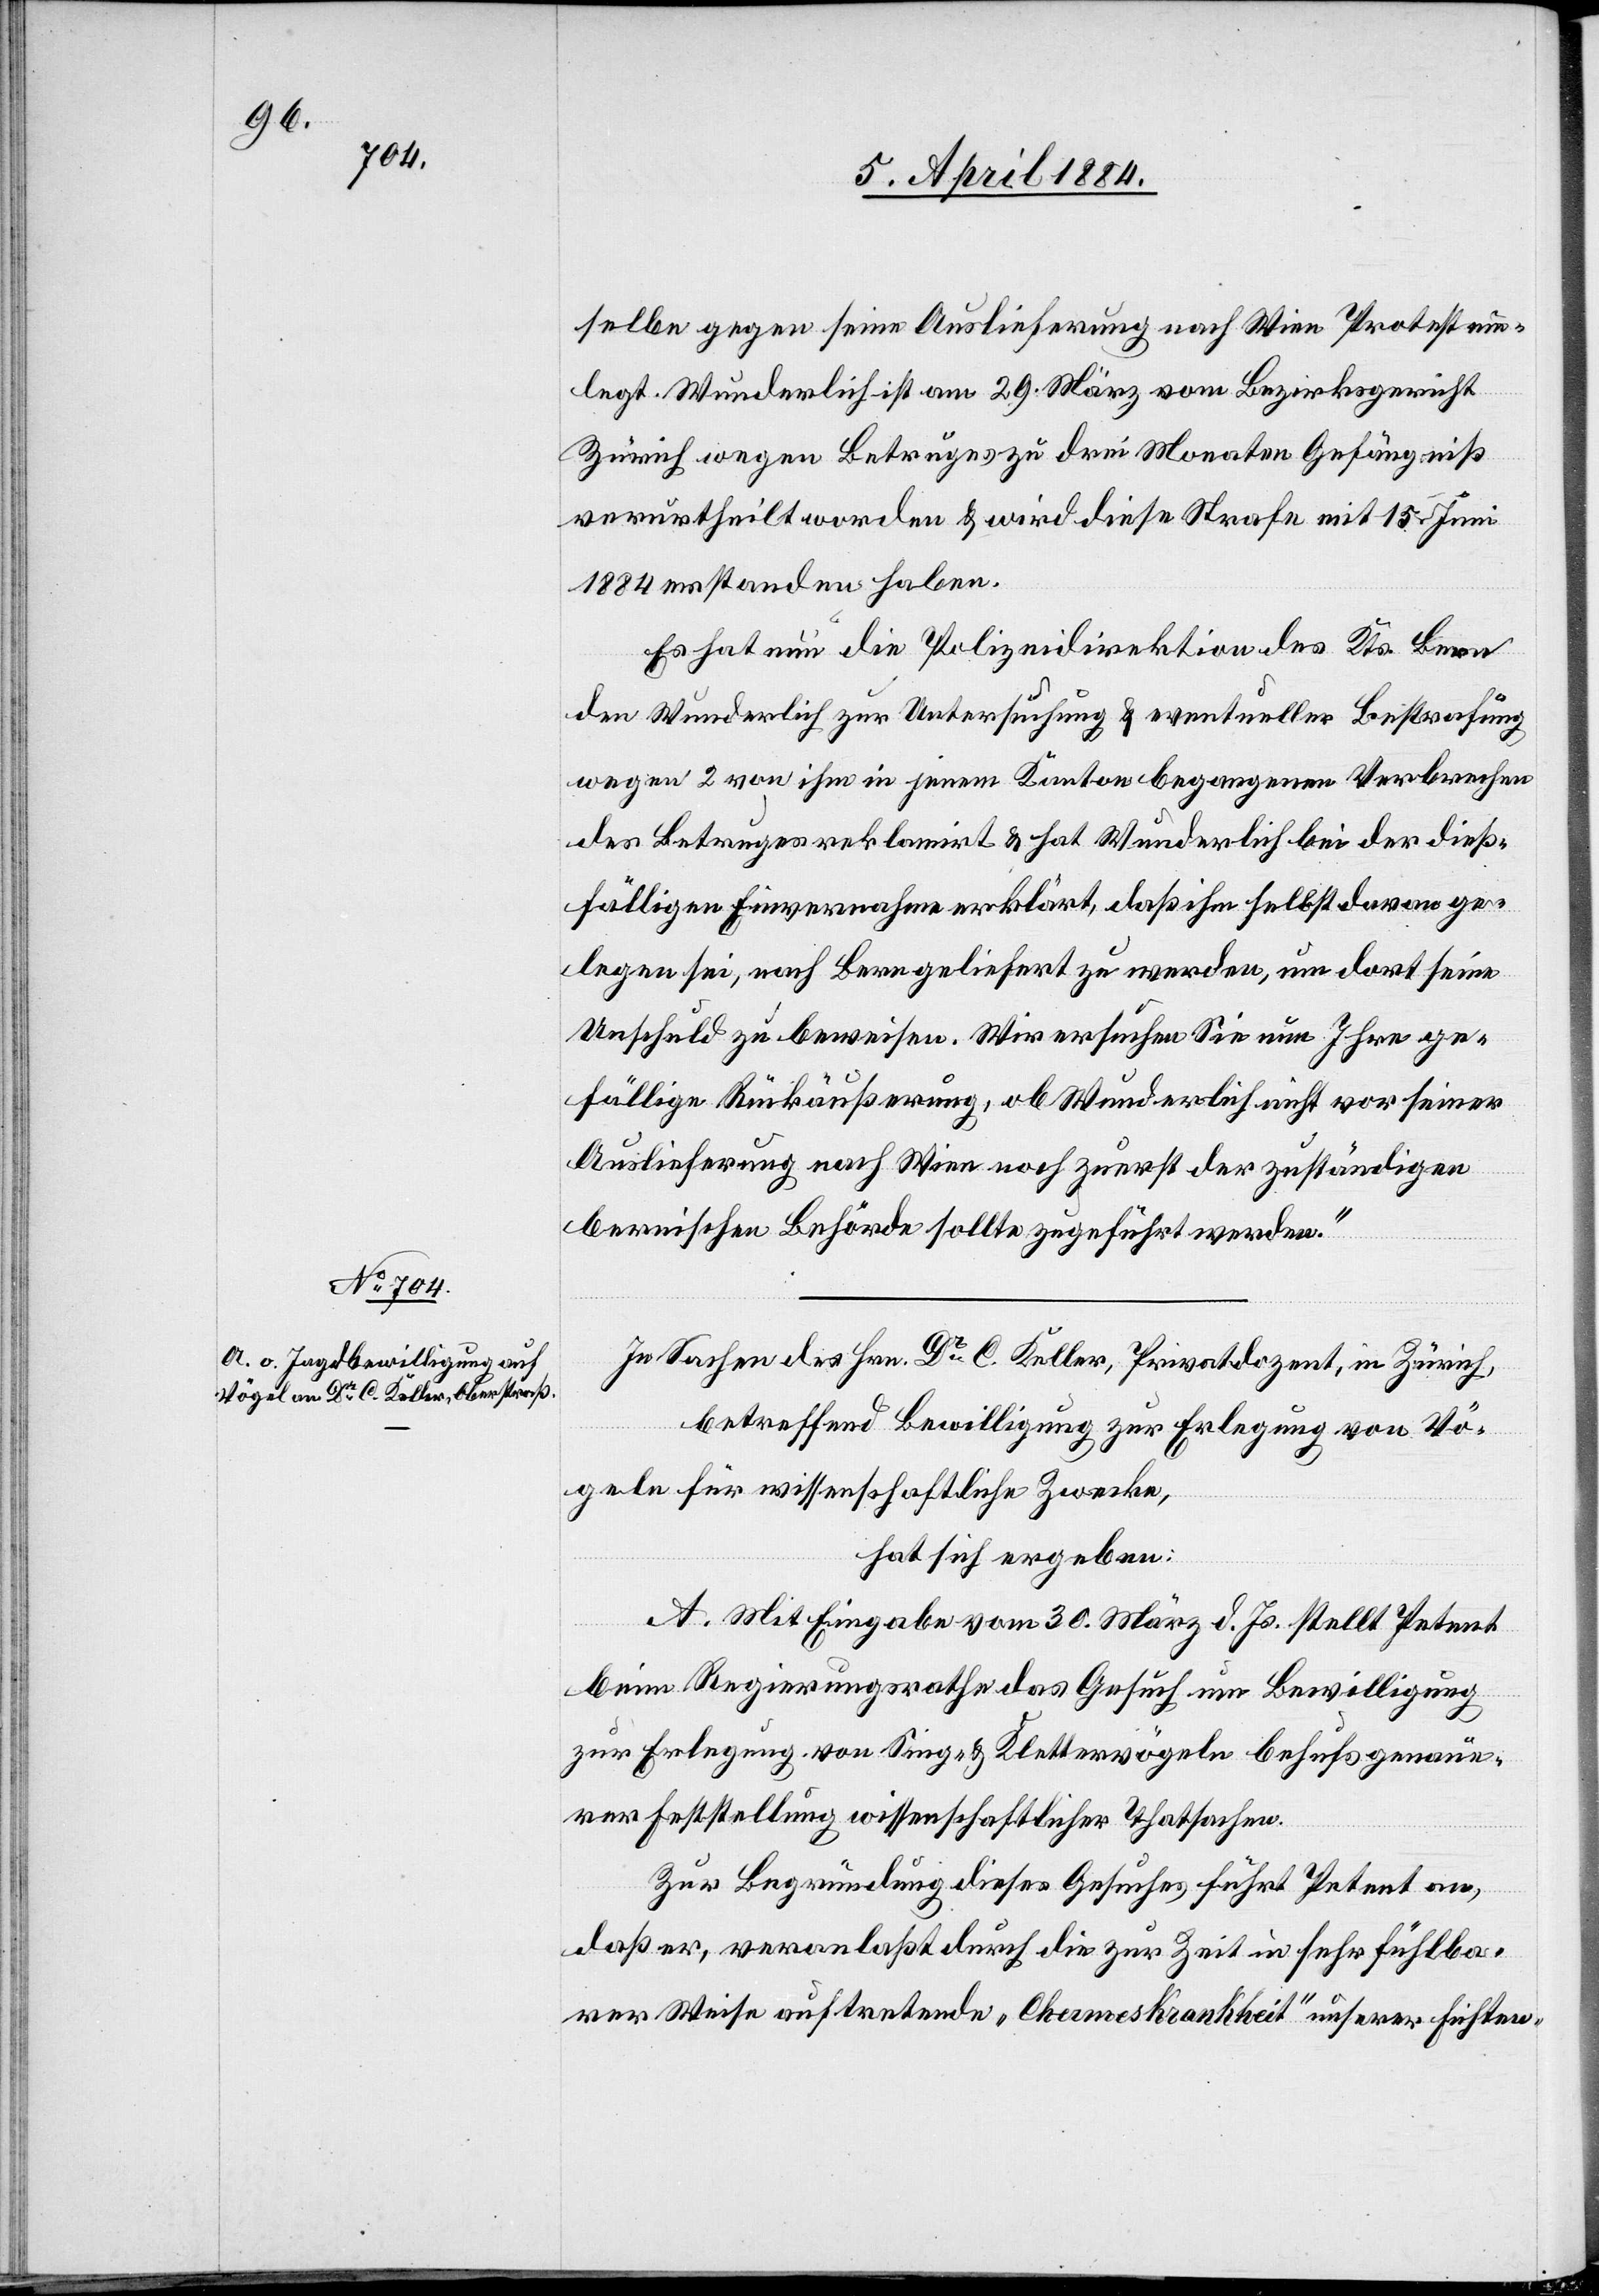
selbe gegen seine Auslieferung nach Wien Protest ein¬
legt. Wunderlich ist am 29. März vom Bezirksgericht
Zürich wegen Betruges zu drei Monaten Gefängniß
verurtheilt worden & wird diese Strafe mit 15. Juni
1884 erstanden haben.
Es hat nun die Polizeidirektion des Kts. Bern
den Wunderlich zur Untersuchung & eventueller Bestrafung
wegen 2 von ihm in jenem Kanton begangenen Verbrechen
des Betruges reklamirt & hat Wunderlich bei der dieß¬
fälligen Einvernahme erklärt, daß ihm selbst daran ge¬
legen sei, nach Bern geliefert zu werden, um dort seine
Unschuld zu beweisen. Wir ersuchen Sie um Ihre ge¬
fällige Rückäußerung, ob Wunderlich nicht vor seiner
Auslieferung nach Wien noch zuerst der zuständigen
bernischen Behörde sollte zugeführt werden.“
In Sachen des Hrn. Dr C. Keller, Privatdozent, in Zürich,
betreffend Bewilligung zur Erlegung von Vö¬
geln für wissenschaftliche Zwecke,
hat sich ergeben:
A. Mit Eingabe vom 30. März d. Js. stellt Petent
beim Regierungsrathe das Gesuch um Bewilligung
zur Erlegung von Sing- & Klettervögeln behufs genaue¬
r Feststellung wissenschaftlicher Thatsachen.
Zur Begründung dieses Gesuches führt Petent an,
daß er, veranlaßt durch die zur Zeit in sehr fühlba¬
rer Weise auftretende „Chames Krankheit“ unserer Fichten-